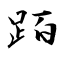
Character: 𬦰